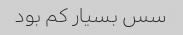
سس بسیار کم بود